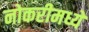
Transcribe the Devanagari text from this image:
नोकरीमध्ये